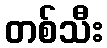
တစ်သီး